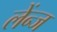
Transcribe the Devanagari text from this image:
लेंन्ज